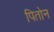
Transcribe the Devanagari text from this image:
पितोन